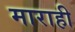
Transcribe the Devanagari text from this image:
माराही